Report on horse surra - Volume I
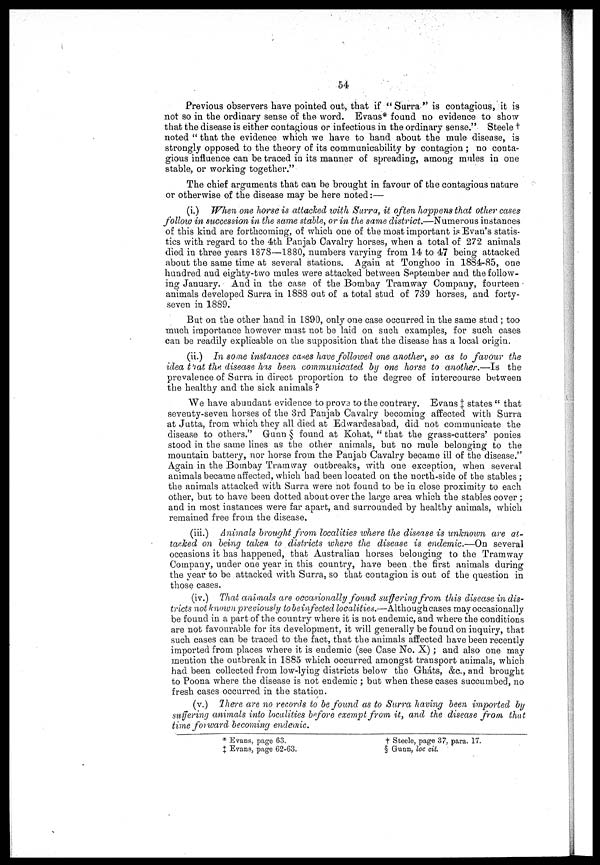
54
Previous observers have pointed out, that if "Surra" is contagious, it is
not so in the ordinary sense of the word. Evans* found no evidence to show
that the disease is either contagious or infectious in the ordinary sense." Steele †
noted "that the evidence which we have to hand about the mule disease, is
strongly opposed to the theory of its communicability by contagion ; no conta-
gious influence can be traced in its manner of spreading, among mules in one
stable, or working together."
The chief arguments that can be brought in favour of the contagious nature
or otherwise of the disease may be here noted :—
(i.) When one horse is attacked with Surra, it often happens that other cases
follow in succession in the same stable, or in the same district.—Numerous instances
of this kind are forthcoming, of which one of the most important is Evan's statis-
tics with regard to the 4th Panjab Cavalry horses, when a total of 272 animals
died in three years 1878—1880, numbers varying from 14 to 47 being attacked
about the same time at several stations. Again at Tonghoo in 1884-85, one
hundred and eighty-two mules were attacked between September and the follow-
ing January. And in the case of the Bombay Tramway Company, fourteen
animals developed Surra in 1888 out of a total stud of 739 horses, and forty-
seven in 1889.
But on the other hand in 1890, only one case occurred in the same stud ; too
much importance however must not be laid on such examples, for such cases
can be readily explicable on the supposition that the disease has a local origin.
(ii.) In some instances cases have followed one another, so as to favour the
idea that the disease has been communicated by one horse to another.—Is the
prevalence of Surra in direct proportion to the degree of intercourse between
the healthy and the sick animals ?
We have abundant evidence to prov3 to the contrary. Evans ‡ states " that
seventy-seven horses of the 3rd Panjab Cavalry becoming affected with Surra
at Jutta, from which they all died at Edwardesabad, did not communicate the
disease to others." Gunn § found at Kohat, " that the grass-cutters' ponies
stood in the same lines as the other animals, but no mule belonging to the
mountain battery, nor horse from the Panjab Cavalry became ill of the disease.' 7
Again in the Bombay Tramway outbreaks, with one exception, when several
animals became affected, which had been located on the north-side of the stables ;
the animals attacked with Surra were not found to be in close proximity to each
other, but to have been dotted about over the large area which the stables cover ;
and in most instances were far apart, and surrounded by healthy animals, which
remained free from the disease.
(iii.) Animals brought from localities where the disease is unknown are at-
tacked on being taken to districts where the disease is endemic.—On several
occasions it has happened, that Australian horses belonging to the Tramway
Company, under one year in this country, have been the first animals during
the year to be attacked with Surra, so that contagion is out of the question in
those cases.
(iv.) That animals are occasionally found suffering from this disease in dis-
tricts not known previously to be in fected localities.—Althoughcases may occasionally
be found in a part of the country where it is not endemic, and where the conditions
are not favourable for its development, it will generally be found on inquiry, that
such cases can be traced to the fact, that the animals affected have been recently
imported from places where it is endemic (see Case No. X); and also one may
mention the outbreak in 1S85 which occurred amongst transport animals, which
had been collected from low-lying districts below the Ghats, &c, and brought
to Poona where the disease is not endemic ; but when these cases succumbed, no
fresh cases occurred in the station.
(v.) There are no records to be found as to Surra having been imported by
suffering animals into localities before exempt from it, and the disease from that
time forward becoming endemic.
* Evans, page 63.
†
Steele, page 37, para. 17.
‡ Evans, page 62-63.
§ Gunn, loc cit.